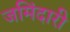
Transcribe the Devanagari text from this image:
जमिंदारी